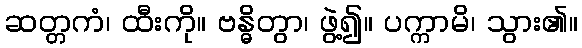
ဆတ္တကံ၊ ထီးကို။ ဗန္ဓိတွာ၊ ဖွဲ့၍။ ပက္ကာမိ၊ သွား၏။